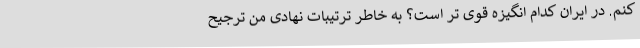
کنم. در ایران کدام انگیزه قوی تر است؟ به خاطر ترتیبات نهادی من ترجیح